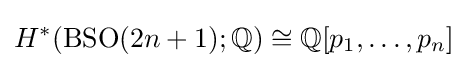
H^{*}(\operatorname {BSO} (2n+1);\mathbb {Q} )\cong \mathbb {Q} [p_{1},\ldots ,p_{n}]